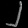
Digit: ၂